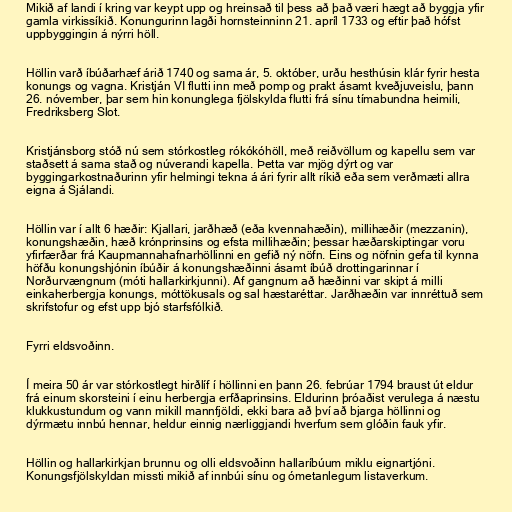
Mikið af landi í kring var keypt upp og hreinsað til þess að það væri hægt að byggja yfir
gamla virkissíkið. Konungurinn lagði hornsteinninn 21. apríl 1733 og eftir það hófst
uppbyggingin á nýrri höll.

Höllin varð íbúðarhæf árið 1740 og sama ár, 5. október, urðu hesthúsin klár fyrir hesta
konungs og vagna. Kristján VI flutti inn með pomp og prakt ásamt kveðjuveislu, þann
26. nóvember, þar sem hin konunglega fjölskylda flutti frá sínu tímabundna heimili,
Fredriksberg Slot.

Kristjánsborg stóð nú sem stórkostleg rókókóhöll, með reiðvöllum og kapellu sem var
staðsett á sama stað og núverandi kapella. Þetta var mjög dýrt og var
byggingarkostnaðurinn yfir helmingi tekna á ári fyrir allt ríkið eða sem verðmæti allra
eigna á Sjálandi.

Höllin var í allt 6 hæðir: Kjallari, jarðhæð (eða kvennahæðin), millihæðir (mezzanin),
konungshæðin, hæð krónprinsins og efsta millihæðin; þessar hæðarskiptingar voru
yfirfærðar frá Kaupmannahafnarhöllinni en gefið ný nöfn. Eins og nöfnin gefa til kynna
höfðu konungshjónin íbúðir á konungshæðinni ásamt íbúð drottingarinnar í
Norðurvængnum (móti hallarkirkjunni). Af gangnum að hæðinni var skipt á milli
einkaherbergja konungs, móttökusals og sal hæstaréttar. Jarðhæðin var innréttuð sem
skrifstofur og efst upp bjó starfsfólkið.

Fyrri eldsvoðinn.

Í meira 50 ár var stórkostlegt hirðlíf í höllinni en þann 26. febrúar 1794 braust út eldur
frá einum skorsteini í einu herbergja erfðaprinsins. Eldurinn þróaðist verulega á næstu
klukkustundum og vann mikill mannfjöldi, ekki bara að því að bjarga höllinni og
dýrmætu innbú hennar, heldur einnig nærliggjandi hverfum sem glóðin fauk yfir.

Höllin og hallarkirkjan brunnu og olli eldsvoðinn hallaríbúum miklu eignartjóni.
Konungsfjölskyldan missti mikið af innbúi sínu og ómetanlegum listaverkum.